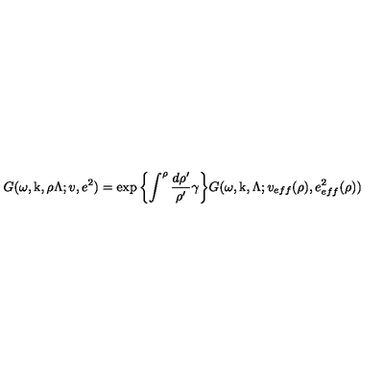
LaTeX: G ( \omega , \mathrm { \boldmath k } , \rho \Lambda ; v , e ^ { 2 } ) = \exp { \left\{ \int ^ { \rho } \frac { d \rho ^ { \prime } } { \rho ^ { \prime } } \gamma \right\} } G ( \omega , \mathrm { \boldmath k } , \Lambda ; v _ { e f f } ( \rho ) , e _ { e f f } ^ { 2 } ( \rho ) )